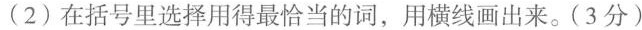
(2)在括号里选择用得最恰当的词，用横线画出来。(3分)